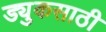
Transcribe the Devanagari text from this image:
ड्युकसाठी